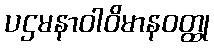
ပဌမနာဝါဝိမာနဝတ္ထု